Kambja_algkool, lk 50
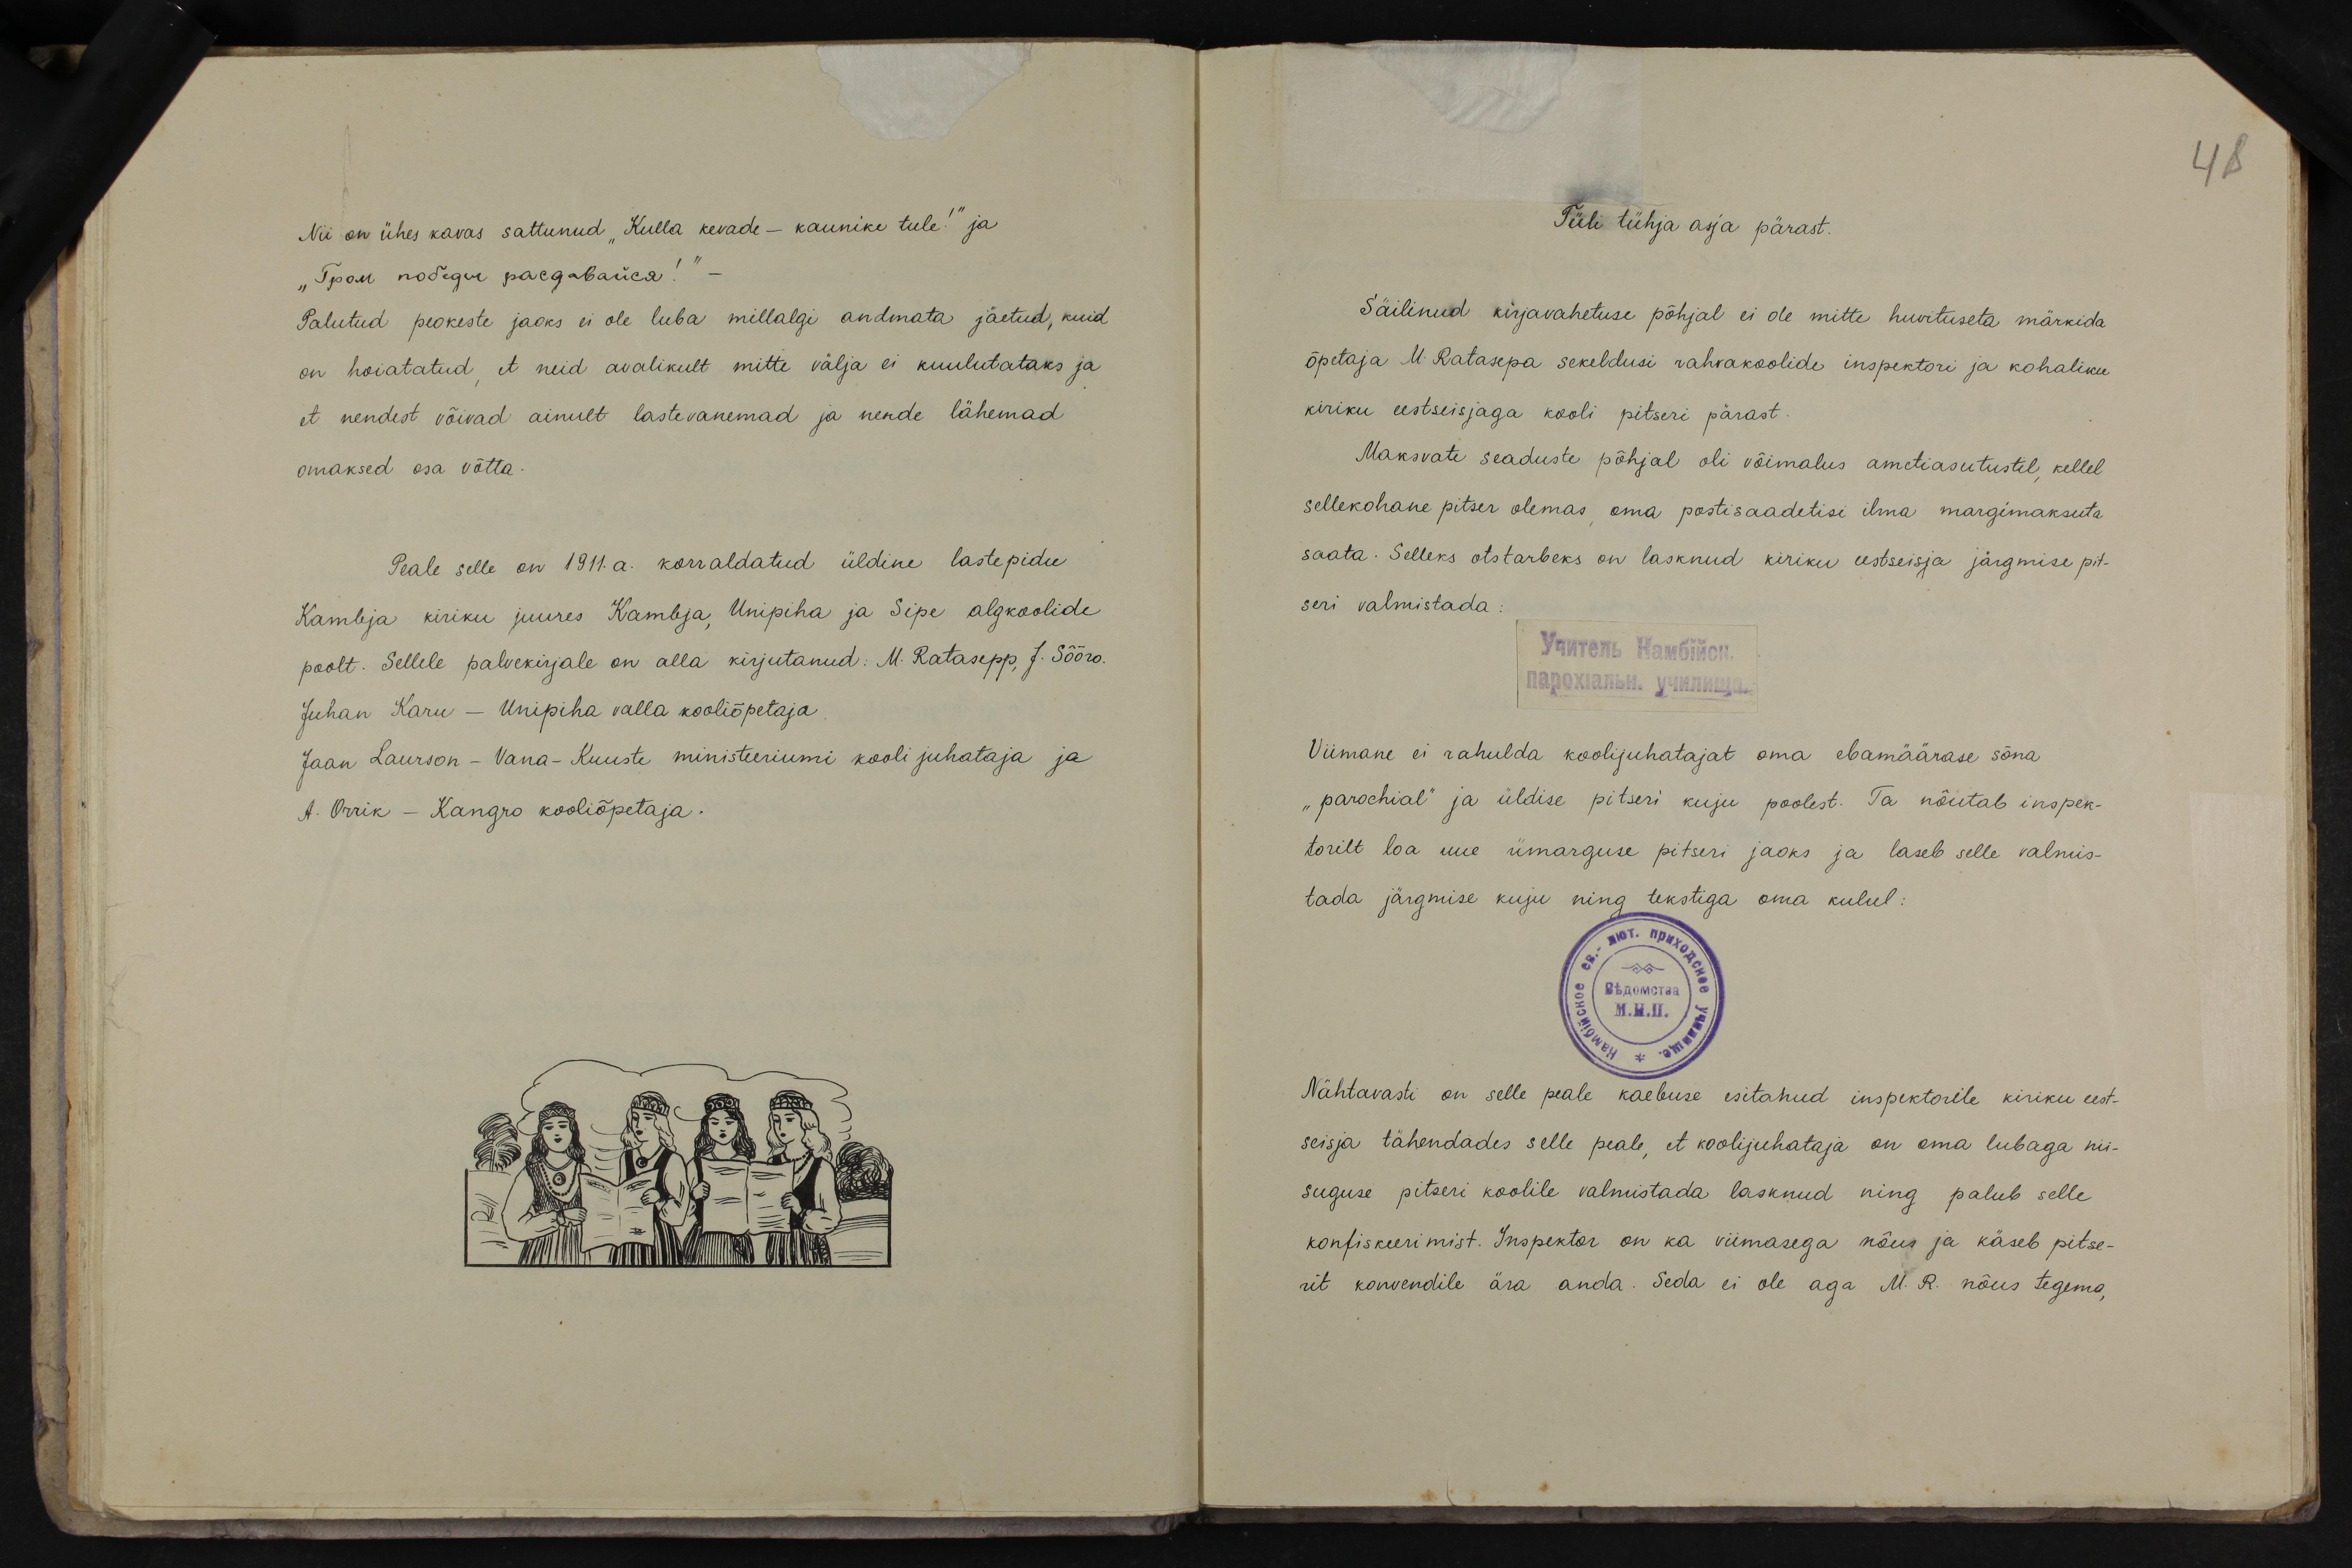
48

Nii on ühes kavas sattunud "Kulla kevade - kaunike tule!" ja
"Гром победий расдаиса!"
Palutud peokeste jaoks ei ole luba millalgi andmata jäetud, kuid
on hoiatatud et neid avalikult mitte välja ei kuulutataks ja
et nendest võivad ainult lastevanemad ja nende lähemad
omaksed osa võtta.
Peale selle on 1911.a. korraldatud üldine lastepidu
Kambja kiriku juures Kambja, Unipiha ja Sipe algkoolide
poolt. Sellele palvekirjale on alla kirjutanud: M. Ratasepp, J. Sõõro.
Juhan Karu - Unipiha valla kooliõpetaja
Jaan Laurson - Vana-Kuuste ministeeriumi kooli juhataja ja
A. Orrik - Kangro kooliõpetaja.

Tüli tühja asja pärast.
Säilinud kirjavahetuse põhjal ei ole mitte huvituseta märkida
õpetaja M. Ratasepa sekeldusi rahvakoolide inspektori ja kohaliku
kiriku eestseisjaga kooli pitseri pärast.
Maksvate seaduste põhjal oli võimalus ametiasutustel, kellel
sellekohane pitser olemas, oma postisaadetisi ilma margimaksuta.
saata. Selleks otstarbeks on lasknud kiriku eestseisja järgmise pit-
seri valmistada:
Viimane ei rahulda koolijuhatajat oma ebamäärase sõna
"parochial" ja üldise pitseri kuju poolest. Ta nõutab inspek-
torilt loa uue ümarguse pitseri jaoks ja laseb selle valmis-
tada järgmise kuju ning tekstiga oma kulul:
Nähtavasti on selle peale kaebuse esitanud inspektorile kiriku eest-
seisja tähendades selle peale, et koolijuhataja on oma lubaga nii-
suguse pitseri koolile valmistada lasknud ning palub selle
konfiskeerimist. Inspektor on ka viimasega nõus ja käseb pitse-
rit konvendile ära anda. Seda ei ole aga M. R. nõus tegema,